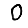
Digit: 0